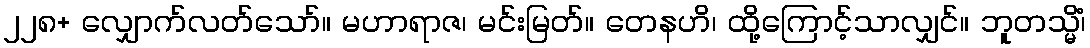
၂၂၈+ လျှောက်လတ်သော်။ မဟာရာဇ၊ မင်းမြတ်။ တေနဟိ၊ ထို့ကြောင့်သာလျှင်။ ဘူတသ္မိံ၊